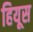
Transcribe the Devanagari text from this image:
हियूस